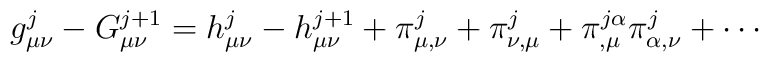
g^{j}_{\mu \nu} - G^{j+1}_{\mu \nu} = h^{j}_{\mu \nu} - h^{j+1}_{\mu \nu} +\pi^{j}_{\mu,\nu} + \pi^{j}_{\nu,\mu} +\pi^{j \alpha}_{,\mu} \pi^j_{\alpha,\nu} + \cdots